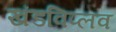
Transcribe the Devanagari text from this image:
खंडविप्लव